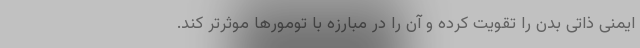
ایمنی ذاتی بدن را تقویت کرده و آن را در مبارزه با تومورها موثرتر کند.